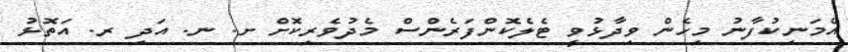
އެމަނިކުފާނު މިހެން ވިދާޅުވީ ޓެލެކޮންފަރެންސް މެދުވެރިކޮށް ށ. ނ. އަދި ރ. އަތޮޅު